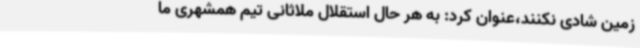
زمین شادی نکنند،عنوان کرد: به هر حال استقلال ملاثانی تیم همشهری ما